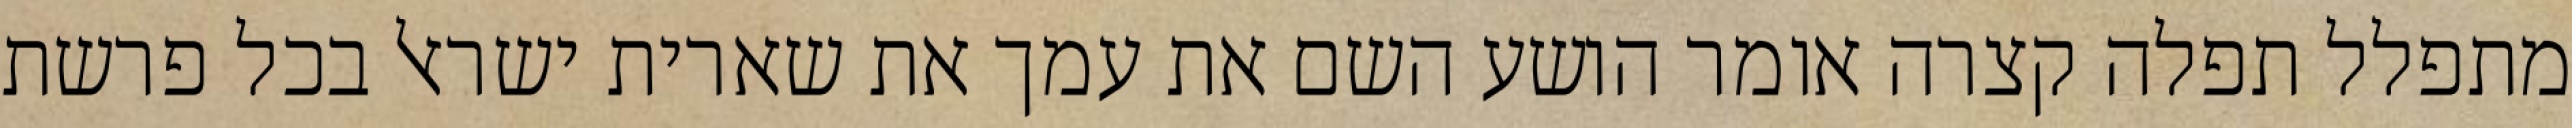
מתפלל תפלה קצרה אומר הושע השם את עמך את שארית ישראל בכל פרשת